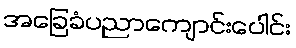
အခြေခံပညာကျောင်းပေါင်း